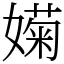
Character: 𡡣